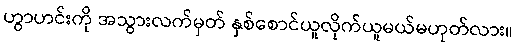
ဟွာဟင်းကို အသွားလက်မှတ် နှစ်စောင်ယူလိုက်ယူမယ်မဟုတ်လား။